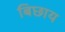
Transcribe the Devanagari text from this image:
बिछाय